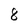
Character: 8